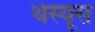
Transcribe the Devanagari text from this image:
थेस्यूस